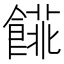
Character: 𩝨